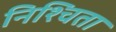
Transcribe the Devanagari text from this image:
निश्चिता